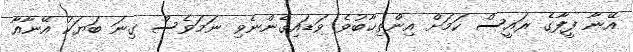
އޭނާ ފީފާގެ ރައީސް ކަމަށް އިންތިޚާބުވެ ވަޑައިގެންނެވި ނަމަވެސް ގިނަ ބަޔަކު އޭނާއާ